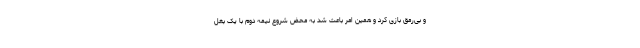
و بی‌رمق بازی کرد و همین امر باعث شد به محض شروع نیمه دوم با یک بغل